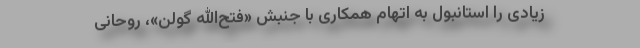
زیادی را استانبول به اتهام همکاری با جنبش «فتح‌الله گولن»، روحانی